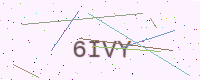
Text: 6IVY